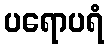
ပရောပရံ